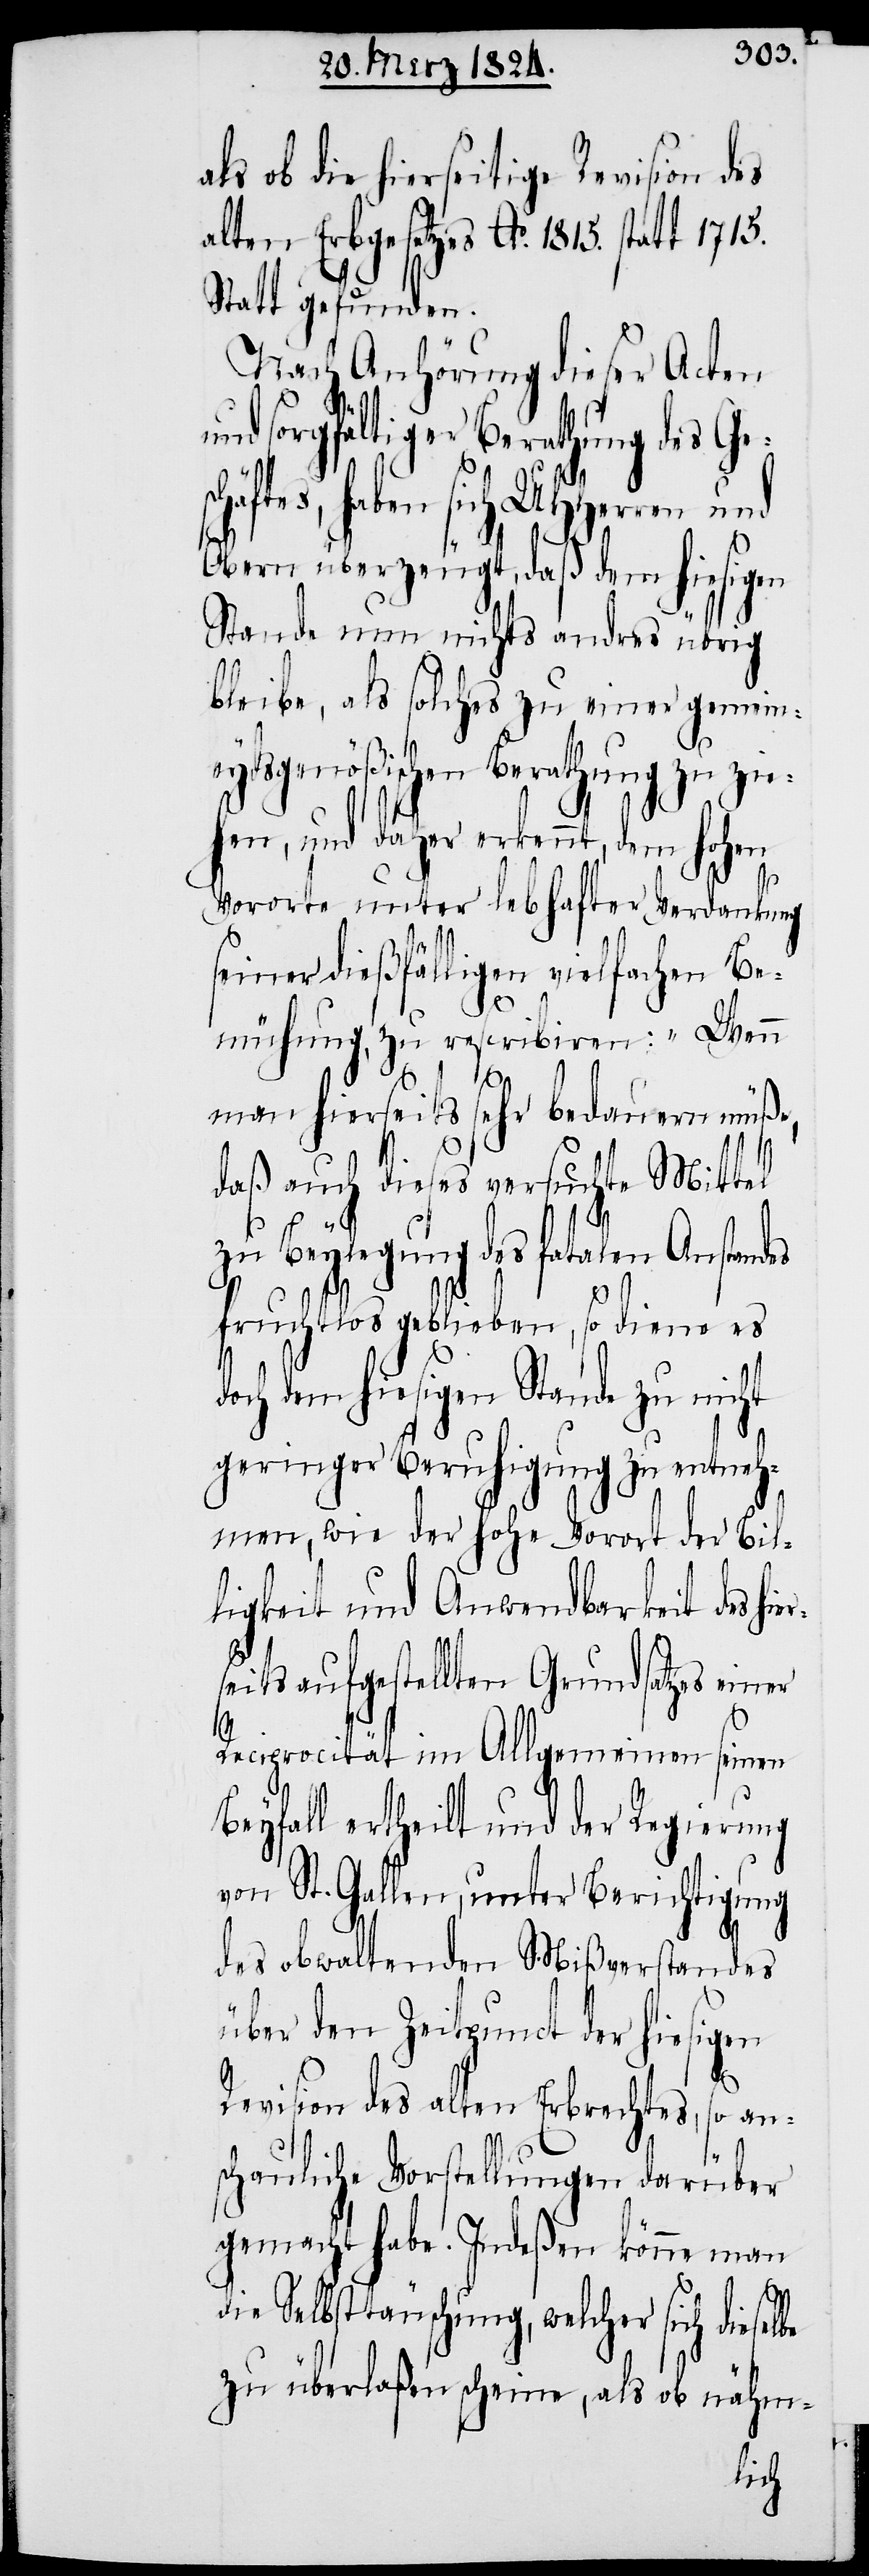
als ob die hierseitige Revision des
alten Erbgesetzes Ao. 1815. statt 1715.
Statt gefunden.
Nach Anhörung dieser Acten
nd sorgfältiger Berathung des G¬
haben sich UHHerren und
Obern überzeugt, daß dem hiesigen
Stande nun nichts andres übrig
bleibe, als solches zu einer gemein¬
dsgenößischen Berathung zu zie¬
hen, und daher erkennt, dem hohen
be
Vororte unter lebhafter Verdankung
seiner dießfälligen vielfachen Be¬
mühung, zu rescribiren: „Wenn
man hierseits sehr bedauern müße,
daß auch dieses versuchte Mittel
zu Beylegung des fatalen Anstand¬
fruchtlos geblieben, so diene es
doch dem hiesigen Stande zu nicht
geringer Beruhigung zu entneh¬
men, wie der hohe Vorort der Bil¬
ligkeit und Anwendbarkeit des hi¬
seits aufgestellten Grundsatzes einer
Reciprocität im Allgemeinen seinen
Beyfall ertheilt und der Regierung
von St. Gallen, unter Berichtigung
des obwaltenden Mißverstandes
über den Zeitpunct der hiesigen
Revision des alten Erbrechtes, so an¬
schauliche Vorstellung darüber
gemacht habe. Indeßen könne man
die Selbsttäuschung, welcher sich diesel¬
zu überlaßen scheine, als ob nähm-